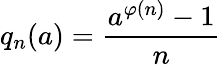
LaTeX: q_{n}(a)={\frac{a^{\varphi(n)}-1}{n}}